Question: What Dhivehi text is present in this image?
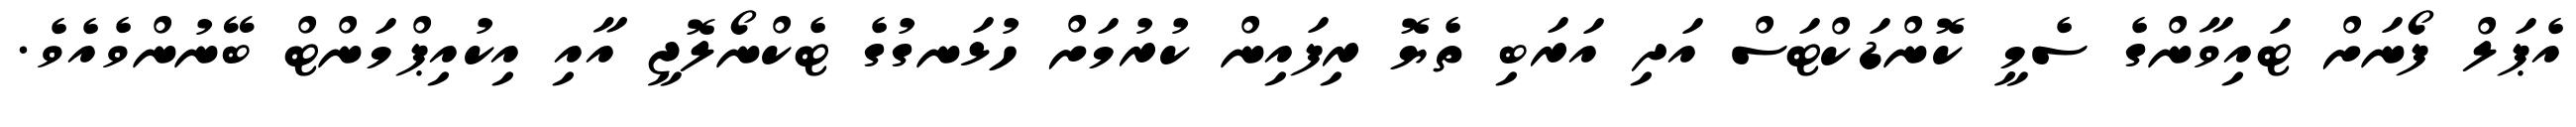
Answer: އެޕަލް ފޯނަށް ޓައިވާންގެ ސެމީ ކޮންޑަކްޓަސް އަދި އަރަބި ތެޔޮ ރިފައިން ކުރުމަށް ހުޅަނގުގެ ޓެކްނޯލޮޖީ އާއި އިކުއިޕްމަންޓް ބޭނުންވެއެވެ.